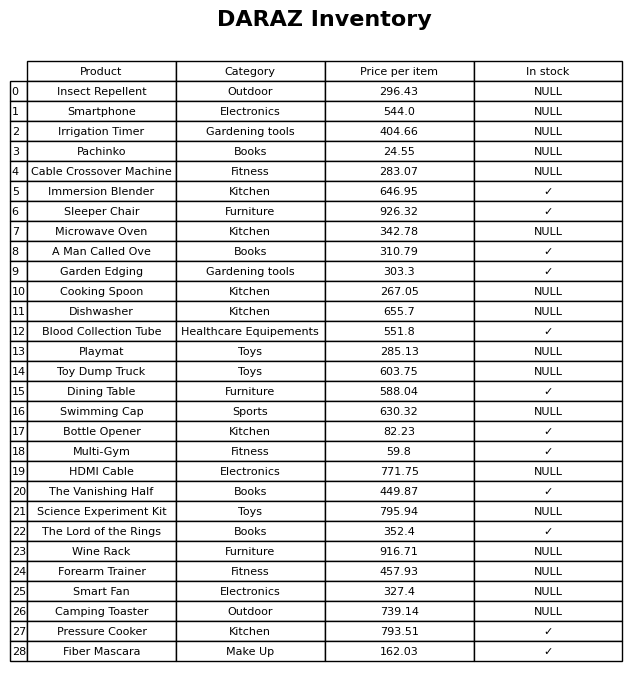
question: What is the price for Dining Table?
answer: The price of Dining Table is 588.04.